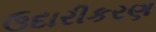
ઉદારીકરણ